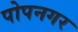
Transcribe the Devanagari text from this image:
पोपनगर